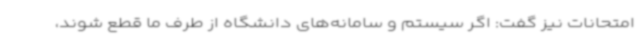
امتحانات نیز گفت: اگر سیستم و سامانه‌های دانشگاه از طرف ما قطع شوند،